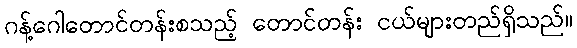
ဂန့်ဂေါတောင်တန်းစသည့် တောင်တန်း ငယ်များတည်ရှိသည်။